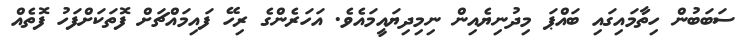
ސަބަބުން ހިތާމައިގައި ބައްޕަ މިދުނިޔެއިން ނިމިދިޔައީމައެވެ. އަހަރެންގެ ރިހޭ ފައިމައްޗަށް ފޮތަކަށްފަހު ފޮތެއް